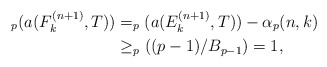
\begin{align*}_p(a(F_k^{(n+1)},T)) &=_p(a(E_k^{(n+1)},T))-\alpha_p(n,k)\\ & \geq _p((p-1)/B_{p-1})=1,\end{align*}